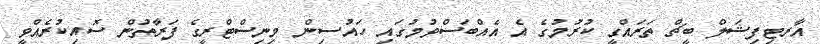
އާރޓިފިޝަލް ބީޗް ތަރައްގީ ކުރުމުގެ އެ އެއްބަސްވުމުގައި ހައުސިން މިނިސްޓްރީގެ ފަރާތުން ސޮއިކުރެއްވީ